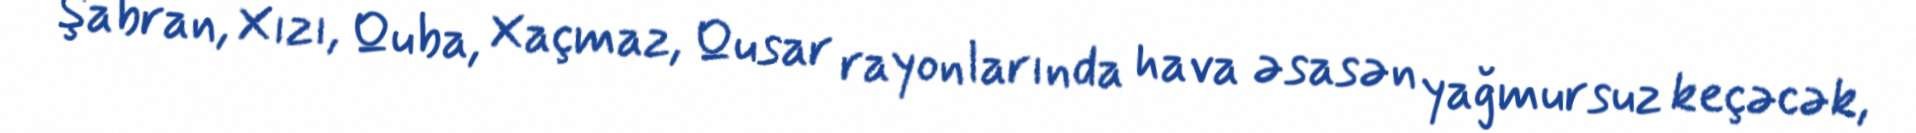
Şabran, Xızı, Quba, Xaçmaz, Qusar rayonlarında hava əsasən yağmursuz keçəcək,